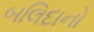
બલિદાનો